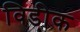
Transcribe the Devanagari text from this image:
विडीक